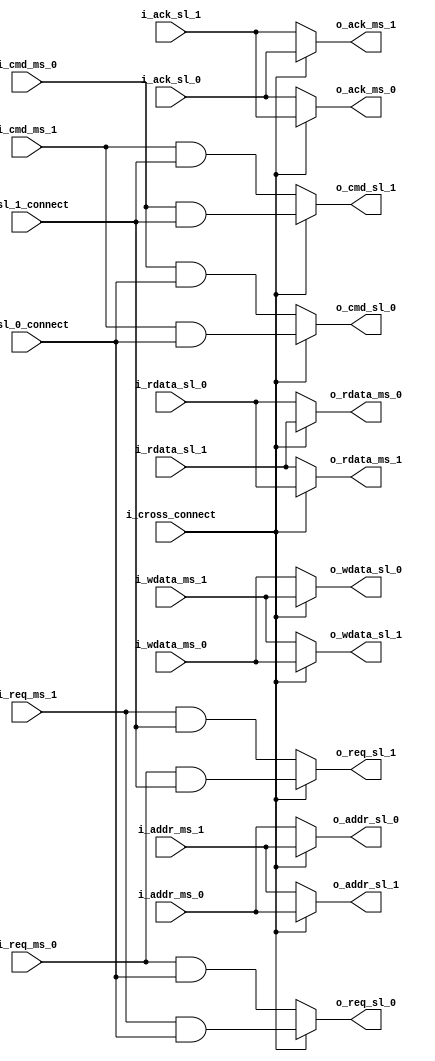
module sc_rr_crossbar_matrix
(
    input           i_cross_connect,
	input			i_sl_0_connect,
	input			i_sl_1_connect,

    // slave 0 side
    output          o_req_sl_0,
    output [31:0]   o_addr_sl_0,
    output          o_cmd_sl_0,
    output [31:0]   o_wdata_sl_0,
    input           i_ack_sl_0,
    input  [31:0]   i_rdata_sl_0,
 
    // slave 1 side
    output          o_req_sl_1,
    output [31:0]   o_addr_sl_1,
    output          o_cmd_sl_1,
    output [31:0]   o_wdata_sl_1,
    input           i_ack_sl_1,
    input  [31:0]   i_rdata_sl_1,
	
    // master 0 side
    input           i_req_ms_0,
    input  [31:0]   i_addr_ms_0,
    input           i_cmd_ms_0,
    input  [31:0]   i_wdata_ms_0,
    output          o_ack_ms_0,
    output [31:0]   o_rdata_ms_0,
	
    // master 1 side
    input           i_req_ms_1,
    input  [31:0]   i_addr_ms_1,
    input           i_cmd_ms_1,
    input  [31:0]   i_wdata_ms_1,
    output          o_ack_ms_1,
    output [31:0]   o_rdata_ms_1
);

// master -> slave
assign  o_req_sl_0   = ~i_cross_connect ? i_req_ms_0 & i_sl_0_connect : i_req_ms_1 & i_sl_0_connect;
assign  o_addr_sl_0  = ~i_cross_connect ? i_addr_ms_0	  : i_addr_ms_1;
assign  o_cmd_sl_0   = ~i_cross_connect ? i_cmd_ms_0 & i_sl_0_connect : i_cmd_ms_1 & i_sl_0_connect;
assign  o_wdata_sl_0 = ~i_cross_connect ? i_wdata_ms_0    : i_wdata_ms_1;

assign  o_req_sl_1   = ~i_cross_connect ? i_req_ms_1 & i_sl_1_connect : i_req_ms_0 & i_sl_1_connect;
assign  o_addr_sl_1  = ~i_cross_connect ? i_addr_ms_1     : i_addr_ms_0;
assign  o_cmd_sl_1   = ~i_cross_connect ? i_cmd_ms_1 & i_sl_1_connect : i_cmd_ms_0 & i_sl_1_connect;
assign  o_wdata_sl_1 = ~i_cross_connect ? i_wdata_ms_1    : i_wdata_ms_0;

// slave -> master
assign  o_ack_ms_0   = ~i_cross_connect ? i_ack_sl_0      : i_ack_sl_1;
assign  o_rdata_ms_0 = ~i_cross_connect ? i_rdata_sl_0    : i_rdata_sl_1;

assign  o_ack_ms_1   = ~i_cross_connect ? i_ack_sl_1      : i_ack_sl_0;
assign  o_rdata_ms_1 = ~i_cross_connect ? i_rdata_sl_1    : i_rdata_sl_0;

endmodule